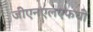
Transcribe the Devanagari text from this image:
जीएनएलएफची